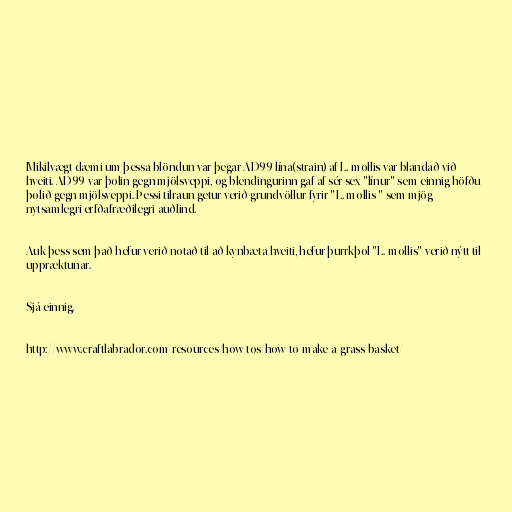
Mikilvægt dæmi um þessa blöndun var þegar AD99 lína(strain) af L. mollis var blandað við
hveiti. AD99 var þolin gegn mjölsveppi, og blendingurinn gaf af sér sex "línur" sem einnig höfðu
þolið gegn mjölsveppi. Þessi tilraun getur verið grundvöllur fyrir "L. mollis " sem mjög
nytsamlegri erfðafræðilegri auðlind.

Auk þess sem það hefur verið notað til að kynbæta hveiti, hefur þurrkþol "L. mollis" verið nýtt til
uppræktunar.

Sjá einnig.

http://www.craftlabrador.com/resources/how-tos/how-to-make-a-grass-basket/